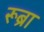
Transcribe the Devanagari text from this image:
रूब्रा